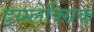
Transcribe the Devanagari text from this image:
द्य्स्लेक्सिक